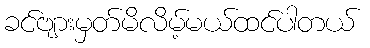
ခင်ဗျားမှတ်မိလိမ့်မယ်ထင်ပါတယ်